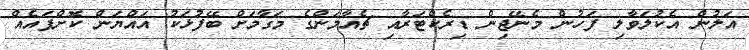
އަލުން އެކުލަވާލި ފަހުން މެނޭޖިން ޑިރެކްޓަރާއި ޗެއާމަންގެ މަގާމަށް ބޭފުޅަކު އައްޔަން ކޮށްފައެއް